Lunatic asylums Bombay report 1878-1890 - 1878-1890
Year: 1878
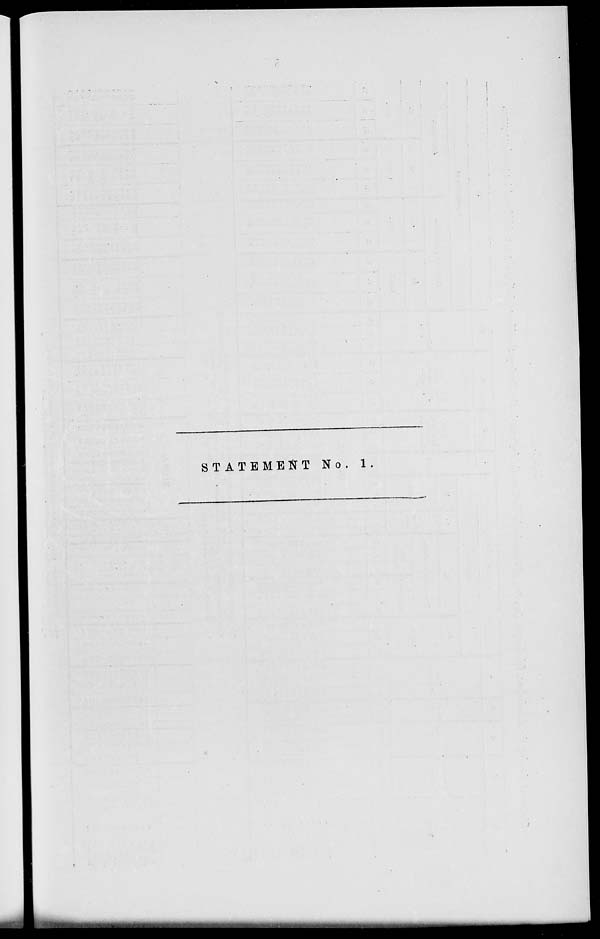
STATEMENT No. 1.